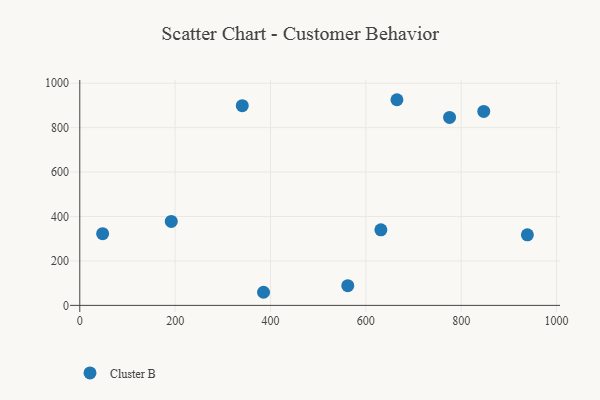
{"axis": {"x": "Price", "y": "Rating"}, "legend": ["Cluster B"], "data": [{"x": "47.9", "y": 322.7, "type": "Cluster B"}, {"x": "938.8", "y": 317.5, "type": "Cluster B"}, {"x": "340.8", "y": 898.9, "type": "Cluster B"}, {"x": "562.1", "y": 88.5, "type": "Cluster B"}, {"x": "385.4", "y": 59.0, "type": "Cluster B"}, {"x": "191.9", "y": 377.7, "type": "Cluster B"}, {"x": "847.3", "y": 873.2, "type": "Cluster B"}, {"x": "665.2", "y": 925.7, "type": "Cluster B"}, {"x": "775.6", "y": 846.2, "type": "Cluster B"}, {"x": "631.5", "y": 340.2, "type": "Cluster B"}]}